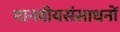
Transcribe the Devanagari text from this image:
मानवीयसंसाधनों